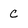
Character: c